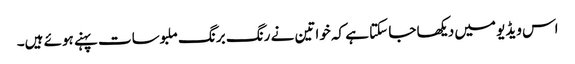
اس ویڈیو میں دیکھا جا سکتا ہے کہ خواتین نے رنگ برنگ ملبوسات پہنے ہوئے ہیں۔